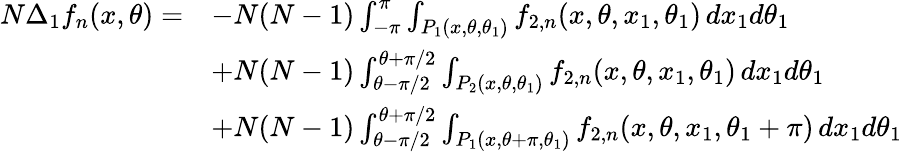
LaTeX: \begin{array}{rl}{N\Delta_{1}f_{n}(x,\theta)=}&{-N(N-1)\int_{-\pi}^{\pi}\int_{P_{1}(x,\theta,\theta_{1})}f_{2,n}(x,\theta,x_{1},\theta_{1})\, dx_{1}d\theta_{1}}\\ &{+N(N-1)\int_{\theta-\pi/2}^{\theta+\pi/2}\int_{P_{2}(x,\theta,\theta_{1})}f_{2,n}(x,\theta,x_{1},\theta_{1})\, dx_{1}d\theta_{1}}\\ &{+N(N-1)\int_{\theta-\pi/2}^{\theta+\pi/2}\int_{P_{1}(x,\theta+\pi,\theta_{1})}f_{2,n}(x,\theta,x_{1},\theta_{1}+\pi)\, dx_{1}d\theta_{1}}\end{array}